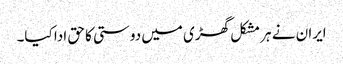
ایران نے ہر مشکل گھڑی میں دوستی کا حق ادا کیا۔